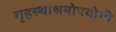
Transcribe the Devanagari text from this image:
गृहस्थाश्रमोपयोगी